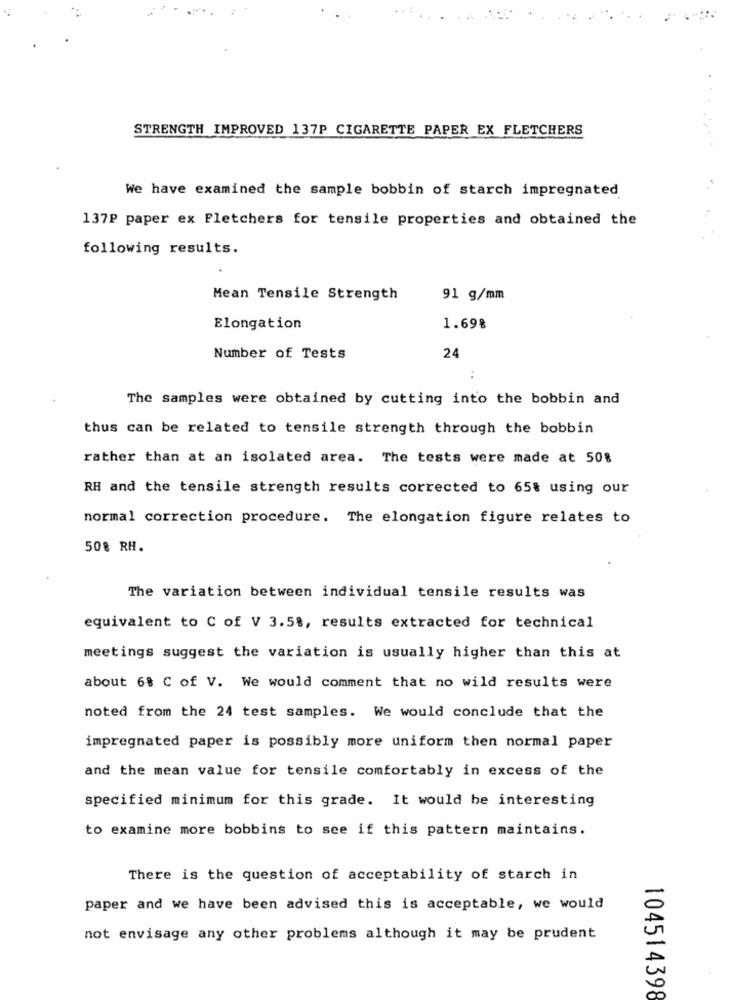
STRENGTH IMPROVED 137P CIGARETTE PAPER EX FLETCHERS
We have examined the sample bobbin of starch impregnated
137P paper ex Fletchers for tensile properties and obtained the
following results.
Mean Tensile Strength
91 g/mm
Elongation
1.698
24
Number of Tests
The samples were obtained by cutting into the bobbin and
thus can be related to tensile strength through the bobbin
rather than at an isolated area. The tests were made at 50%
RH and the tensile strength results corrected to 65% using our
normal correction procedure. The elongation figure relates to
50% RH.
The variation between individual tensile results was
equivalent to C of V 3.5%, results extracted for technical
meetings suggest the variation is usually higher than this at
about 6% C of V. We would comment that no wild results were
noted from the 24 test samples. We would conclude that the
impregnated paper is possibly more uniform then normal paper
and the mean value for tensile comfortably in excess of the
specified minimum for this grade. It would be interesting
to examine more bobbins to see if this pattern maintains.
There is the question of acceptability of starch in
paper and we have been advised this is acceptable, we would
not envisage any other problems although it may be prudent
104514398